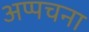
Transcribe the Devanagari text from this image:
अप्पचना